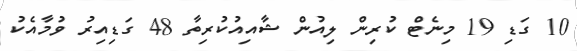
10 ގަޑި 19 މިނެޓް ކުރިން ލިއުން ޝާއިއުކުރިތާ 48 ގަޑިއިރު ވުމާއެކު